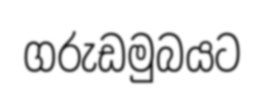
ගරුඩමුබයට